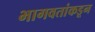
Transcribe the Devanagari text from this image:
भागवतांकडून